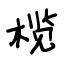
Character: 榄